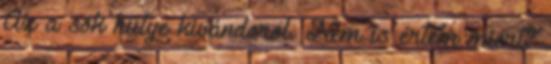
Az a sok hülye kivándorol. Nem is értem miért?